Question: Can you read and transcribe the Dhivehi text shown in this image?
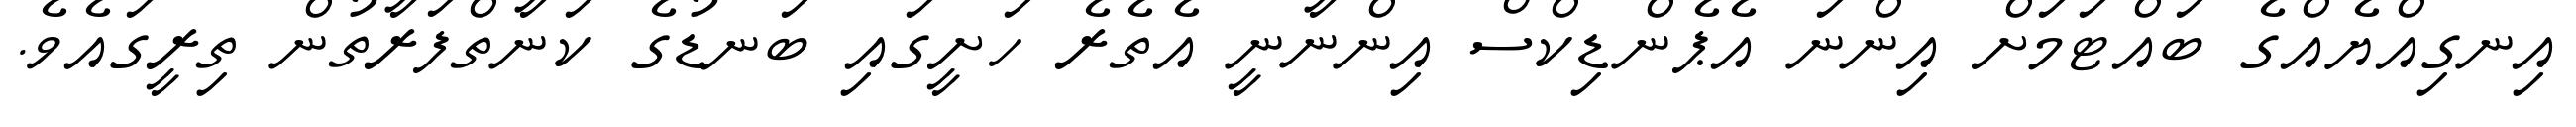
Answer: އިނގިއްޔެއްގެ ބައްޓަމަށް އިންނަ އެޕެންޑިކްސް އިންނާނީ އެތެރެ ހަށީގައި ބަނޑުގެ ކަނާތްފަރާތުން ތިރީގައެވެ.